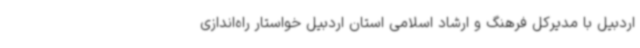
اردبیل با مدیرکل فرهنگ و ارشاد اسلامی استان اردبیل خواستار راه‌اندازی